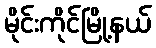
မိုင်းကိုင်မြို့နယ်